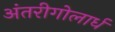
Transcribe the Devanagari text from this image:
अंतरीगोलार्ध